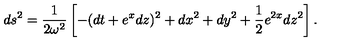
d s ^ { 2 } = \frac 1 { 2 \omega ^ { 2 } } \left[ - ( d t + e ^ { x } d z ) ^ { 2 } + d x ^ { 2 } + d y ^ { 2 } + \frac 1 2 e ^ { 2 x } d z ^ { 2 } \right] .